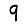
Digit: 9